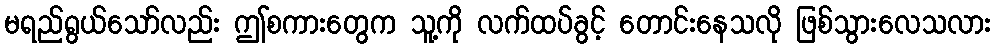
မရည်ရွယ်သော်လည်း ဤစကားတွေက သူ့ကို လက်ထပ်ခွင့် တောင်းနေသလို ဖြစ်သွားလေသလား